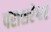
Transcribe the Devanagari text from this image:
पराशरेश्वर